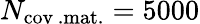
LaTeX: N_{\mathrm{cov\, .mat.}}=5000